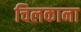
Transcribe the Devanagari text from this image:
चिलकाना